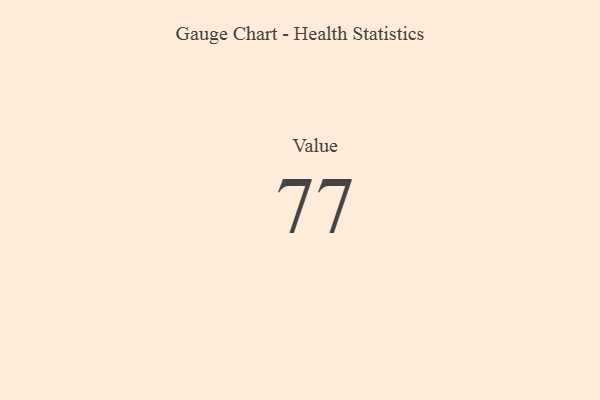
{"axis": {"x": "Metric", "y": "Value"}, "legend": [""], "data": [{"x": "Value", "y": 77, "type": ""}]}